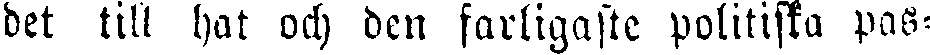
bet till hat och ben farligaste politiska pas-